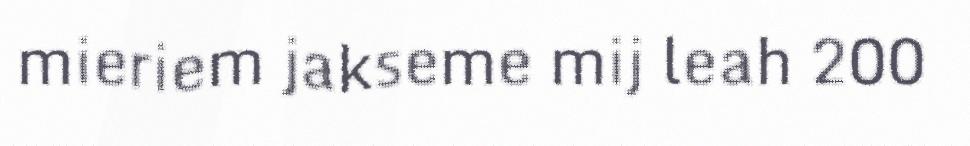
mieriem jakseme mij leah 200